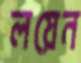
লয়েন